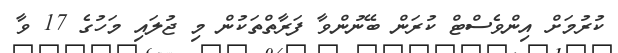
ކުރުމަށް އިންވެސްޓް ކުރަން ބޭނުންވާ ފަރާތްތަކުން މި ޖުލައި މަހުގެ 17 ވާ